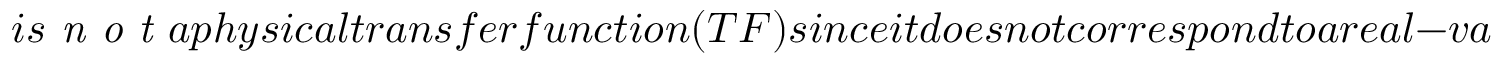
i s \emph { n o t } a p h y s i c a l t r a n s f e r f u n c t i o n ( T F ) s i n c e i t d o e s n o t c o r r e s p o n d t o a r e a l - v a l u e d c o n v o l u t i o n k e r n e l i n t h e t i m e d o m a i n ,